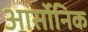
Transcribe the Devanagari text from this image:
आर्सोनिक